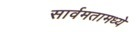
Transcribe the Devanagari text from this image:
सार्वमतामध्ये